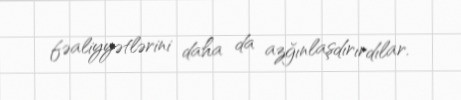
fəaliyyətlərini daha da azğınlaşdırırdılar.